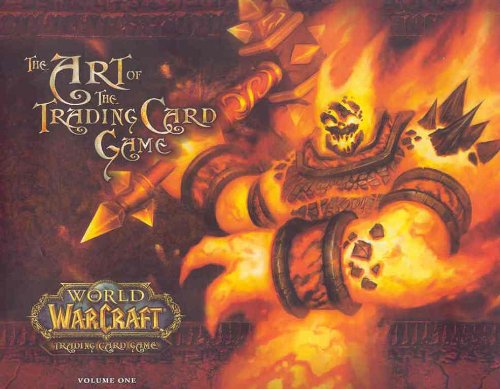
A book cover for World Of Warcraft: The Art Of The Trading Card Game Vol. 1; Jeremy Cranford; Science Fiction & Fantasy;